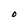
Character: O